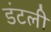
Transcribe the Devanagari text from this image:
डंटली